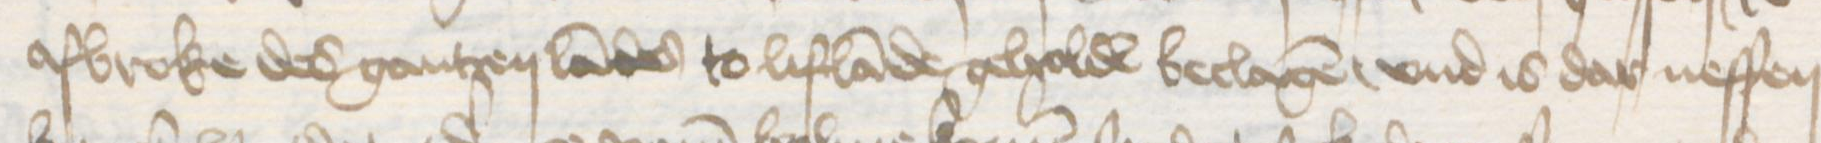
Transcription: afbroke des gantzen landes to Liflande geholde beclagen, vnd is dar neffen